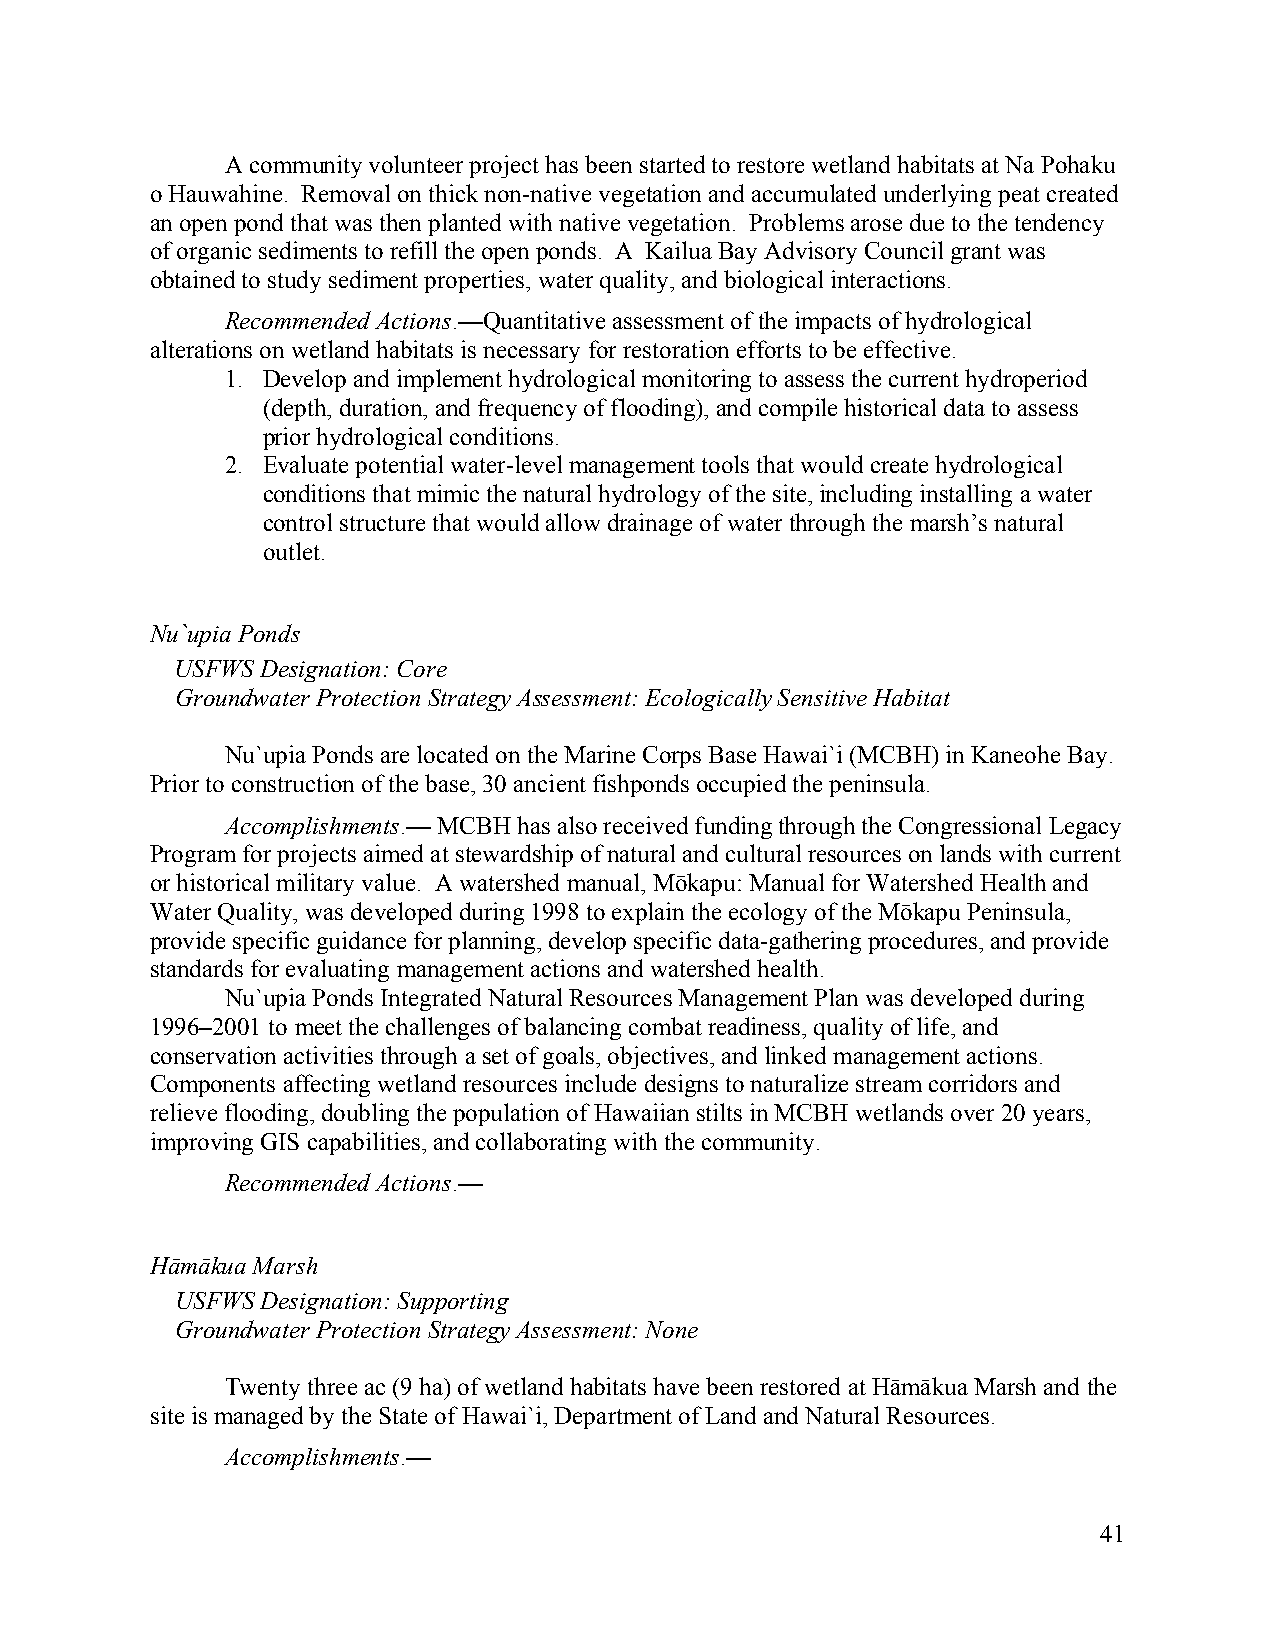
A community volunteer project has been started to restore wetland habitats at Na Pohaku
 o Hauwahine. Removal on thick non-native vegetation and accumulated underlying peat created
 an open pond that was then planted with native vegetation. Problems arose due to the tendency
 of organic sediments to refill the open ponds. A Kailua Bay Advisory Council grant was
 obtained to study sediment properties, water quality, and biological interactions.
 Recommended Actions.—Quantitative assessment of the impacts of hydrological
 alterations on wetland habitats is necessary for restoration efforts to be effective.
 1. Develop and implement hydrological monitoring to assess the current hydroperiod
 (depth, duration, and frequency of flooding), and compile historical data to assess
 prior hydrological conditions.
 2. Evaluate potential water-level management tools that would create hydrological
 conditions that mimic the natural hydrology of the site, including installing a water
 control structure that would allow drainage of water through the marsh’s natural
 outlet.
 Nu`upia Ponds
 USFWS Designation: Core
 Groundwater Protection Strategy Assessment: Ecologically Sensitive Habitat
 Nu`upia Ponds are located on the Marine Corps Base Hawai`i (MCBH) in Kaneohe Bay.
 Prior to construction of the base, 30 ancient fishponds occupied the peninsula.
 Accomplishments.— MCBH has also received funding through the Congressional Legacy
 Program for projects aimed at stewardship of natural and cultural resources on lands with current
 or historical military value. A watershed manual, Mōkapu: Manual for Watershed Health and
 Water Quality, was developed during 1998 to explain the ecology of the Mōkapu Peninsula,
 provide specific guidance for planning, develop specific data-gathering procedures, and provide
 standards for evaluating management actions and watershed health.
 Nu`upia Ponds Integrated Natural Resources Management Plan was developed during
 1996–2001 to meet the challenges of balancing combat readiness, quality of life, and
 conservation activities through a set of goals, objectives, and linked management actions.
 Components affecting wetland resources include designs to naturalize stream corridors and
 relieve flooding, doubling the population of Hawaiian stilts in MCBH wetlands over 20 years,
 improving GIS capabilities, and collaborating with the community.
 Recommended Actions.—
 Hāmākua Marsh
 USFWS Designation: Supporting
 Groundwater Protection Strategy Assessment: None
 Twenty three ac (9 ha) of wetland habitats have been restored at Hāmākua Marsh and the
 site is managed by the State of Hawai`i, Department of Land and Natural Resources.
 Accomplishments.—
 41